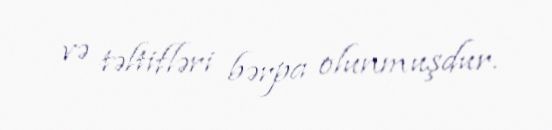
və təltifləri bərpa olunmuşdur.